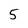
Character: 5